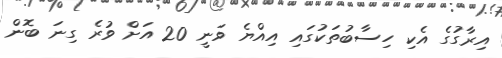
އިރާގުގެ އެކި ހިސާބުތަކުގައި އިއްޔެ ވަނީ 20 އަށް ވުރެ ގިނަ ބޮން